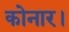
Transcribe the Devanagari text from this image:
कोनार।